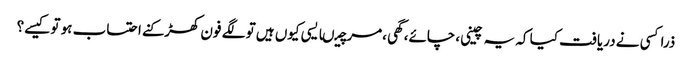
ذراکسی نے دریافت کیا کہ یہ چینی ،چائے،گھی ،مرچیںایسی کیوں ہیں تو لگے فون کھڑکنے احتساب ہو تو کیسے؟